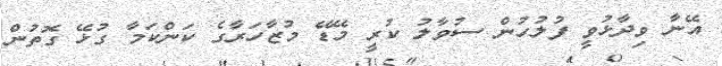
އޭނާ ވިދާޅުވީ ފުލުުހުން ސުވާލު ކުރީ މޭޑޭ މުޒާހަރާގެ ކަންކަމާ ގުޅޭ ގޮތުން